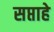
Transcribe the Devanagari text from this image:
सप्ताहे